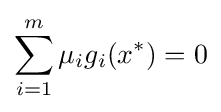
\sum _{i=1}^{m}\mu _{i}g_{i}(x^{*})=0